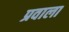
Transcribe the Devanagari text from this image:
प्रवाला